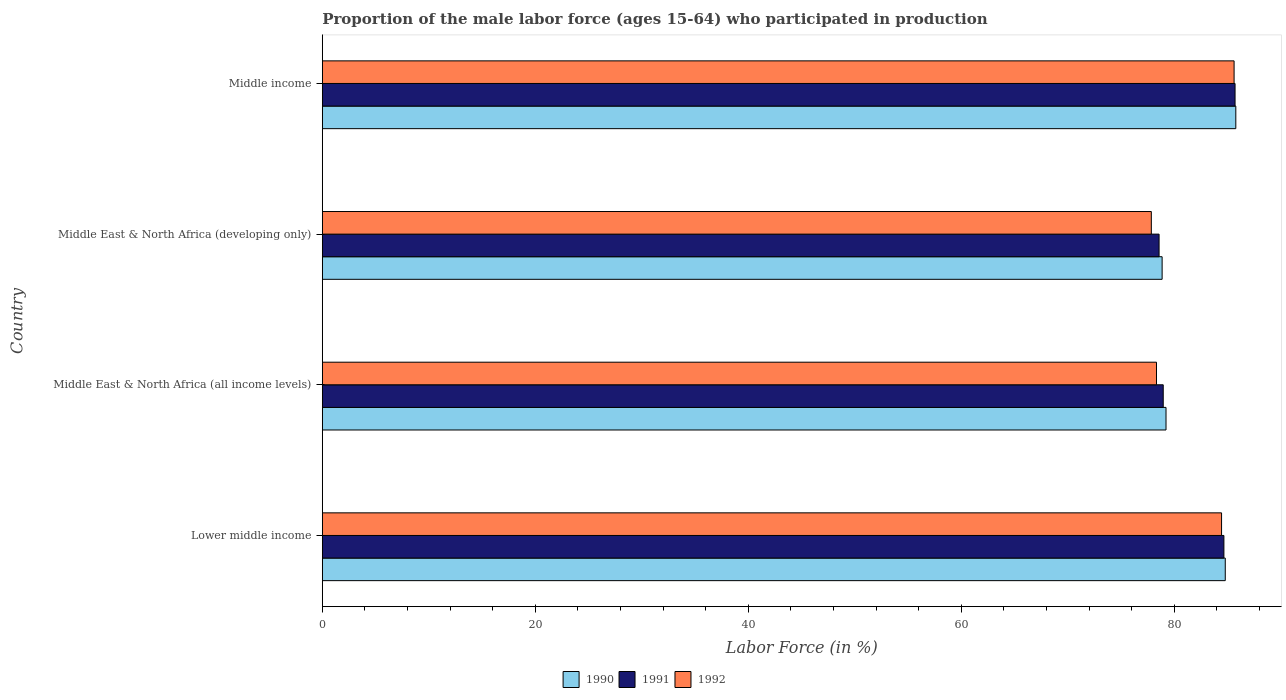
| Country | 1990 | 1991 | 1992 |
 | --- | --- | --- | --- |
 | Lower middle income | 84.8 | 84.7 | 84.4 |
 | Middle East & North Africa (all income levels) | 79.2 | 79 | 78.3 |
 | Middle East & North Africa (developing only) | 78.9 | 78.6 | 77.8 |
 | Middle income | 85.8 | 85.7 | 85.6 |